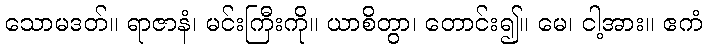
သောမဒတ်။ ရာဇာနံ၊ မင်းကြီးကို။ ယာစိတွာ၊ တောင်း၍။ မေ၊ ငါ့အား။ ဧကံ